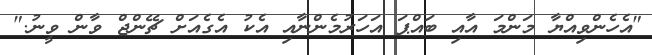
"އެހެންވިއްޔާ މަންމަ އާއި ބައްޕަ އަހަރުމެންނާއި އެކު އެގެއަށް ޗޭންޖް ވާން ވީނު."